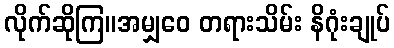
လိုက်ဆိုကြ။အမျှဝေ တရားသိမ်း နိဂုံးချုပ်